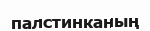
палстинканың